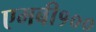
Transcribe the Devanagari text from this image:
एमबी१००